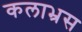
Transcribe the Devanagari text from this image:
कलाभ्रस